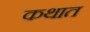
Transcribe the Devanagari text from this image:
कथात